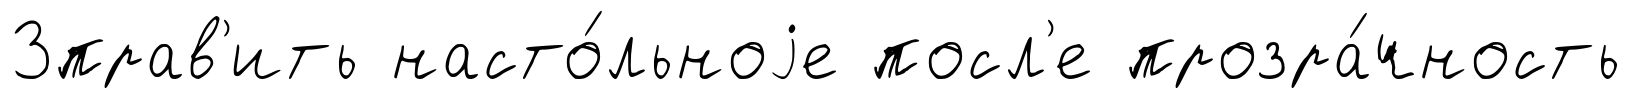
3прав'ить насто́льноjе посл'е прозра́чность